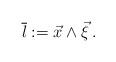
LaTeX: \begin{align*}\overline{l}:=\vec{x}\wedge \vec{\xi}\, .\end{align*}